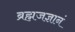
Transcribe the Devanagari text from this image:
ब्रह्मजज्ञानं